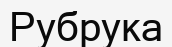
Рубрука